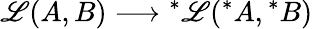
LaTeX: {\cal\mathscr{L}}(A,B)\longrightarrow\mathrm{{}}^{*}{\cal\mathscr{L}}(\mathrm{{}}^{*}A,\mathrm{{}}^{*}B)